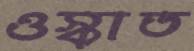
ওস্‌কাত